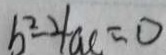
b ^ { 2 } - 4 a c = 0